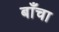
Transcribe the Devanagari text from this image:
बाँचा